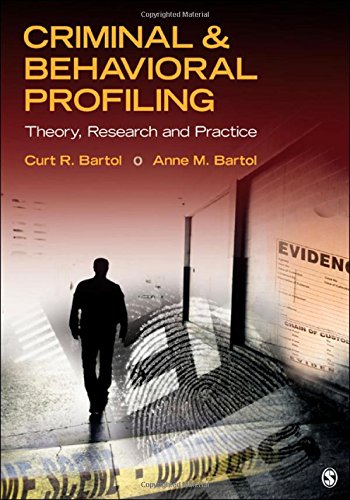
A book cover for Criminal & Behavioral Profiling; Curtis R. Bartol; Medical Books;